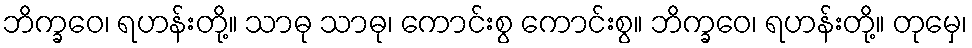
ဘိက္ခဝေ၊ ရဟန်းတို့။ သာဓု သာဓု၊ ကောင်းစွ ကောင်းစွ။ ဘိက္ခဝေ၊ ရဟန်းတို့။ တုမှေ၊